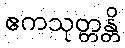
ဧကသုတ္တန္တိ